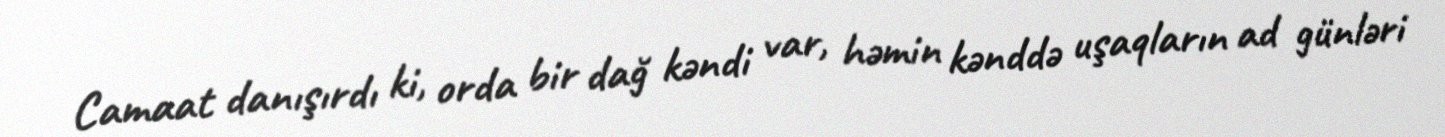
Camaat danışırdı ki, orda bir dağ kəndi var, həmin kənddə uşaqların ad günləri